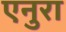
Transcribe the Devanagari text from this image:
एनुरा